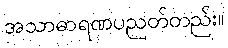
အသာဓာရဏပညတ်တည်း။